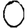
Digit: 0